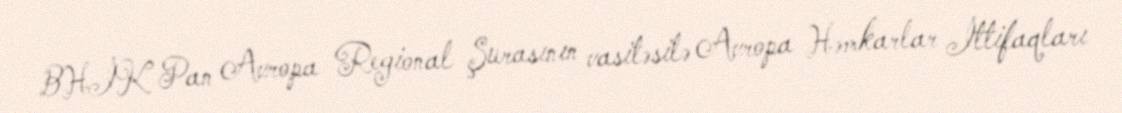
BHİK Pan Avropa Regional Şurasının vasitəsilə Avropa Həmkarlar İttifaqları